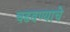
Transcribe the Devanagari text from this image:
चढवण्याचे